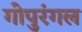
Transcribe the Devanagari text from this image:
गोपुरंगल